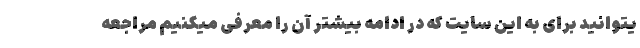
یتوانید برای به این سایت که در ادامه بیشتر آن را معرفی میکنیم مراجعه